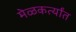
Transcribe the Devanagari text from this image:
मेळकर्त्यांत